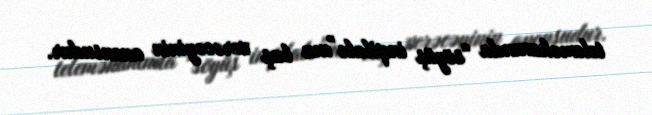
teleməkanında “söyüş inqilabı”nın baş verəcəyinin anonsudur.